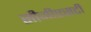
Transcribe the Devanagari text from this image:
सीजीएसटी